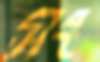
সং